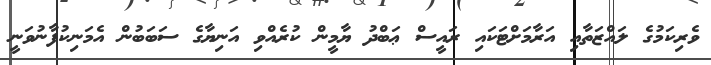
ވެރިކަމުގެ ލައްޒަތާއި އަރާމަށްޓަކައި ރައީސް ޢަބްދު ޔާމީން ކުރެއްވި އަނިޔާގެ ސަބަބުން އެމަނިކުފާނުވަނީ